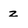
Character: z